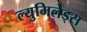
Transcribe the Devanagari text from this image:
ल्युमिलेड्स